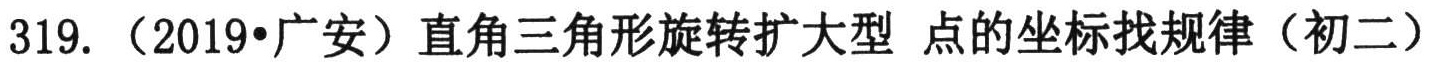
319. （2019•广安）直角三角形 旋转扩大型 点的坐标找规律（初二）